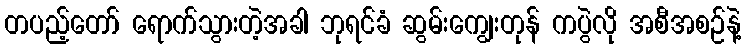
တပည့်တော် ရောက်သွားတဲ့အခါ ဘုရင်ခံ ဆွမ်းကျွေးတုန် ကပွဲလို အစီအစဉ်နဲ့